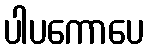
ပါပကောပေ